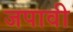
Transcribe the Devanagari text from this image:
जपावी